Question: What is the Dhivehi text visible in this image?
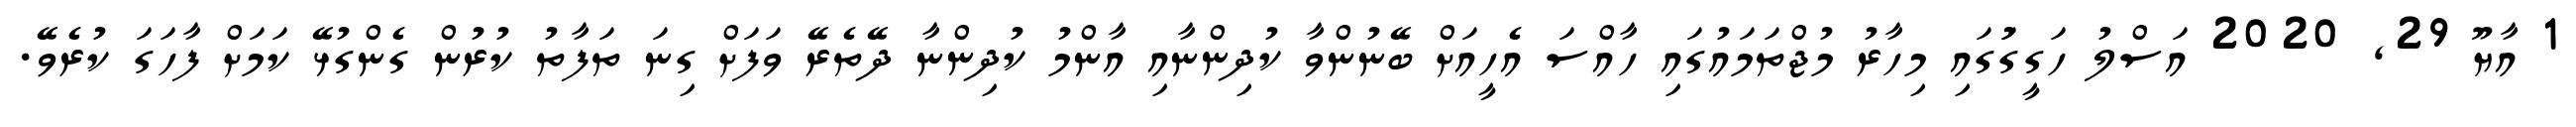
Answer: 1 އާޔޫ 29, 2020 އަސްލު ހަގީގަުގައި މިހާރު މުޖްތަމައުގައި ހާއްސަ އެހީއަށް ބޭނުންވާ ކުދިންނާއި އާންމު ކުދިންނާ ދޭތެރޭ ވަފަށް ގިނަ ތަފާތު ކުރުން ގެންގުޅޭ ކަމަށް ފާހަގަ ކުރެވޭ.